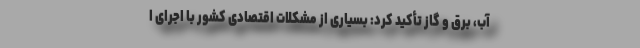
آب، برق و گاز تأکید کرد: بسیاری از مشکلات اقتصادی کشور با اجرای ا